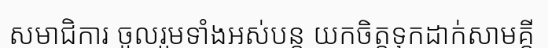
សមាជិការ ចូលរួមទាំងអស់បន្ត យកចិត្តទុកដាក់សាមគ្គី